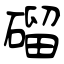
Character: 磂